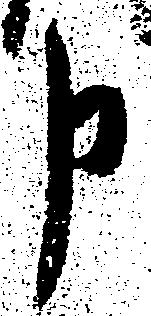
申